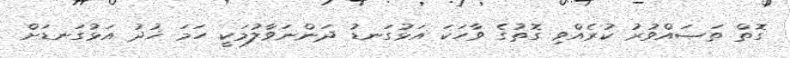
ގޮތް ތަޞައްވުރު ކުރެއްވި ގޮތުގެ ވާހަކަ އަޅުގަނޑު ދަންނަވާލުމަކީ ހަމަ ޚުދު އަޅުގަނޑަށް